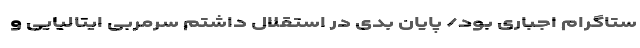
ستاگرام اجباری بود/ پایان بدی در استقلال داشتم سرمربی ایتالیایی و